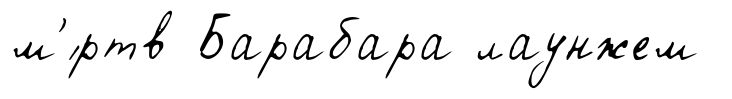
м'́ртв Барабара лаунжем